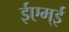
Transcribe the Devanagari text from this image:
ईएम्‌ई